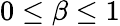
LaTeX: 0\leq\beta\leq 1